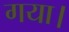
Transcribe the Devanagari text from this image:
गया।